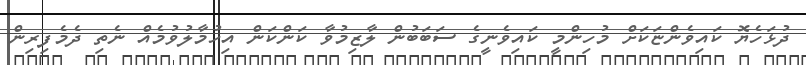
ދުޅަހެޔޮ ކައިވެންޏަކަށް މުހިންމީ ކައިވެނީގެ ސަބަބުން ލާޒިމުވާ ކަންކަން އިހުމާލުވުމެއް ނެތި ދެމެފިރިން